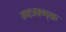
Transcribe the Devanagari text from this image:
ग्फ्ज्फ्ग्क